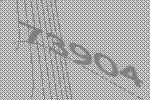
73904